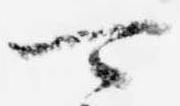
可